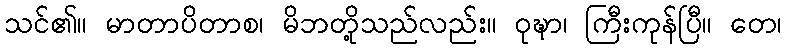
သင်၏။ မာတာပိတာစ၊ မိဘတို့သည်လည်း။ ဝုဍ္ဎာ၊ ကြီးကုန်ပြီ။ တေ၊